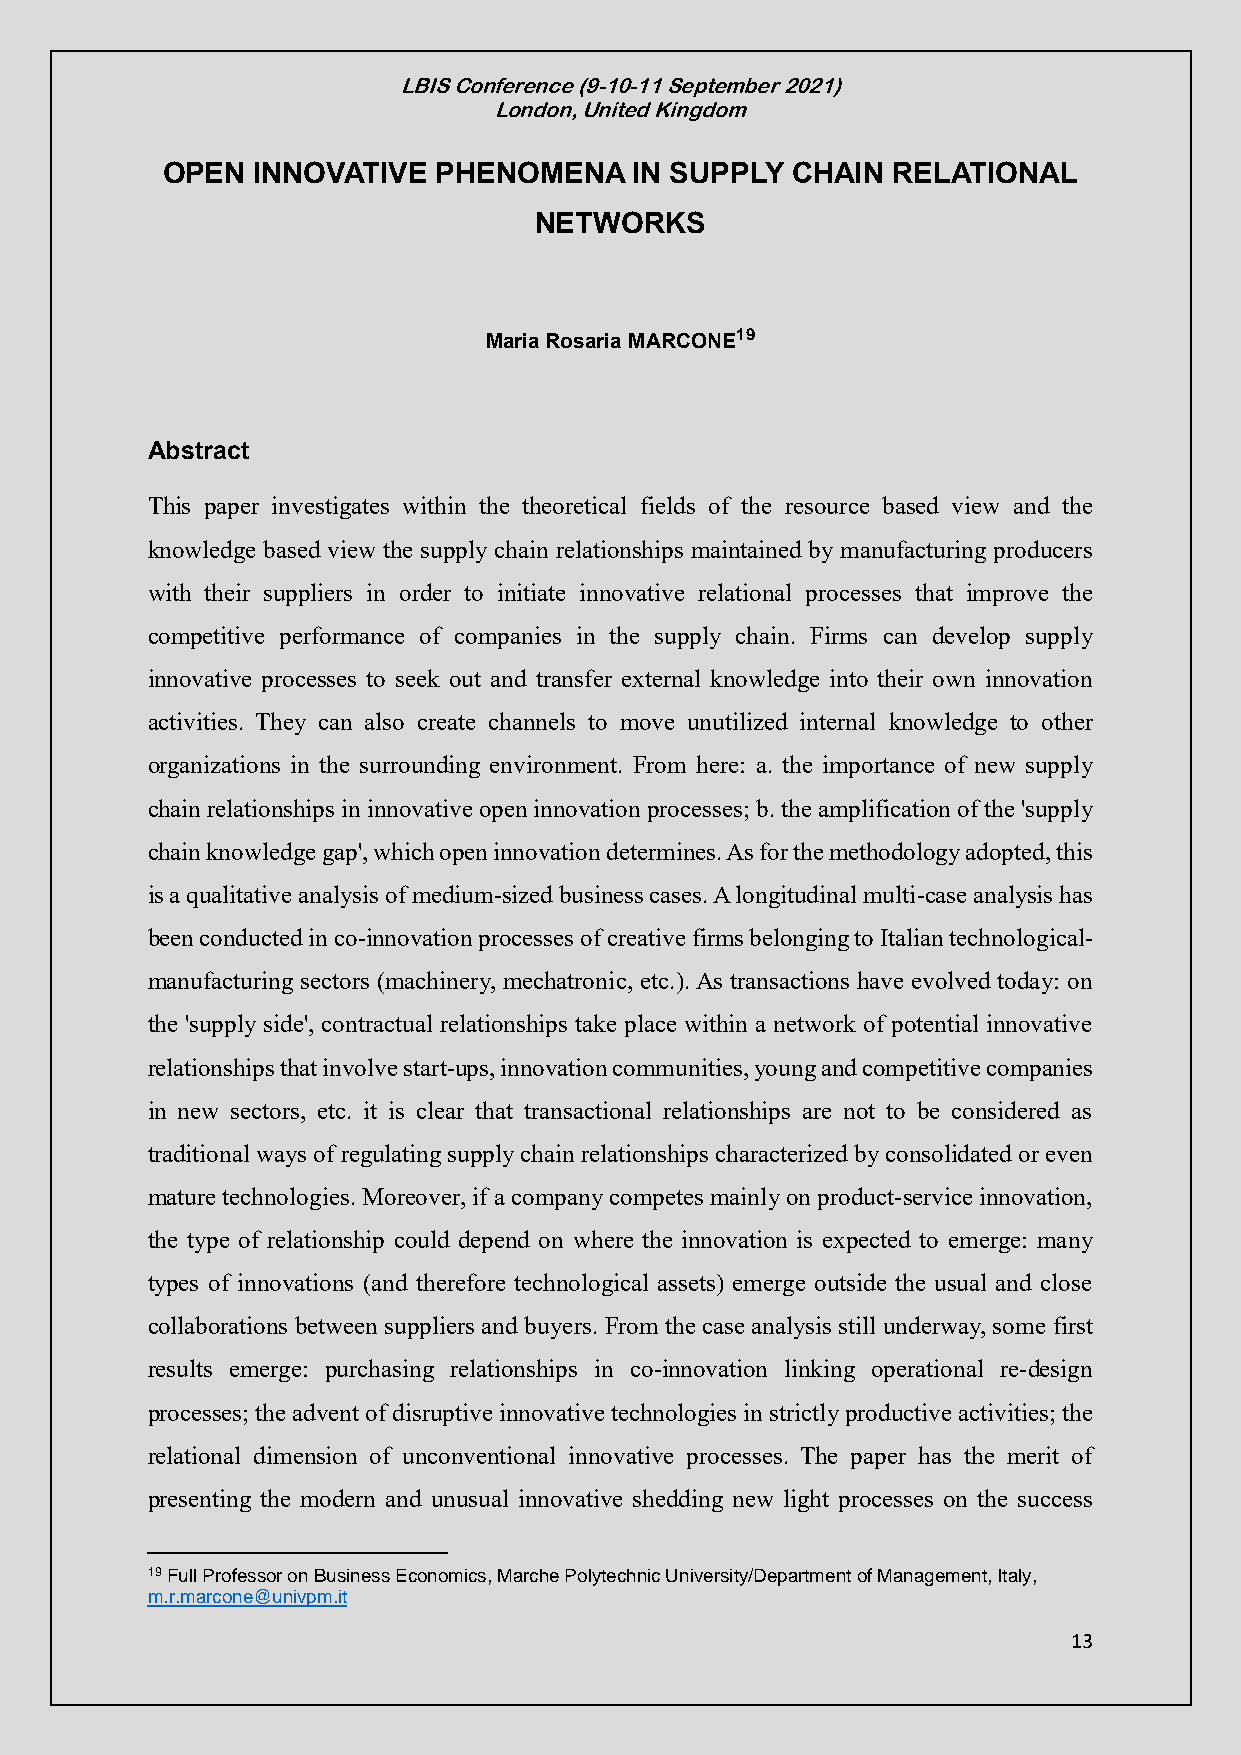
LBIS Conference (9-10-11 September 2021)
 London, United Kingdom
 OPEN  INNOVATIVE  PHENOMENA    IN SUPPLY CHAIN  RELATIONAL
 NETWORKS
 Maria Rosaria MARCONE19
 Abstract
 This paper investigates within the theoretical fields of the resource based view and the
 knowledge based view the supply chain relationships maintained by manufacturing producers
 with their suppliers in order to initiate innovative relational processes that improve the
 competitive performance of companies in the supply chain. Firms can develop supply
 innovative processes to seek out and transfer external knowledge into their own innovation
 activities. They can also create channels to move unutilized internal knowledge to other
 organizations in the surrounding environment. From here: a. the importance of new supply
 chain relationships in innovative open innovation processes; b. the amplification of the 'supply
 chain knowledge gap', which open innovation determines. As for the methodology adopted, this
 is a qualitative analysis of medium-sized business cases. A longitudinal multi-case analysis has
 been conducted in co-innovation processes of creative firms belonging to Italian technological-
 manufacturing sectors (machinery, mechatronic, etc.). As transactions have evolved today: on
 the 'supply side', contractual relationships take place within a network of potential innovative
 relationships that involve start-ups, innovation communities, young and competitive companies
 in new sectors, etc. it is clear that transactional relationships are not to be considered as
 traditional ways of regulating supply chain relationships characterized by consolidated or even
 mature technologies. Moreover, if a company competes mainly on product-service innovation,
 the type of relationship could depend on where the innovation is expected to emerge: many
 types of innovations (and therefore technological assets) emerge outside the usual and close
 collaborations between suppliers and buyers. From the case analysis still underway, some first
 results emerge: purchasing relationships in co-innovation linking operational re-design
 processes; the advent of disruptive innovative technologies in strictly productive activities; the
 relational dimension of unconventional innovative processes. The paper has the merit of
 presenting the modern and unusual innovative shedding new light processes on the success
 19 Full Professor on Business Economics, Marche Polytechnic University/Department of Management, Italy,
 m.r.marcone@univpm.it
 13